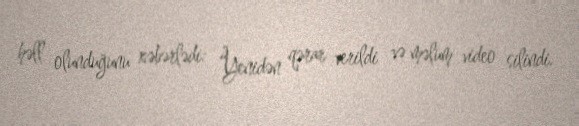
həll olunduğunu xəbərlədi: “Yenidən qərar verildi və məlum video silindi.